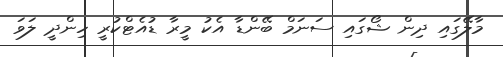
މާލޭގައި ދިން ޝޯގައި ސަނަމް ބޭންޑާ އެކު މީރާ ޑުއެޓްކުރީ ހިންދީ ލަވަ